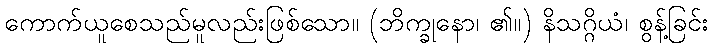
ကောက်ယူစေသည်မူလည်းဖြစ်သော။ (ဘိက္ခုနော၊ ၏။) နိသဂ္ဂိယံ၊ စွန့်ခြင်း